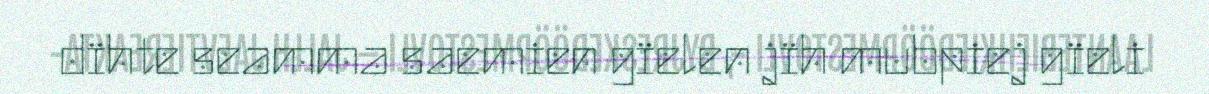
dïhte seamma saemien gïelen jïh mubpiej gïeli